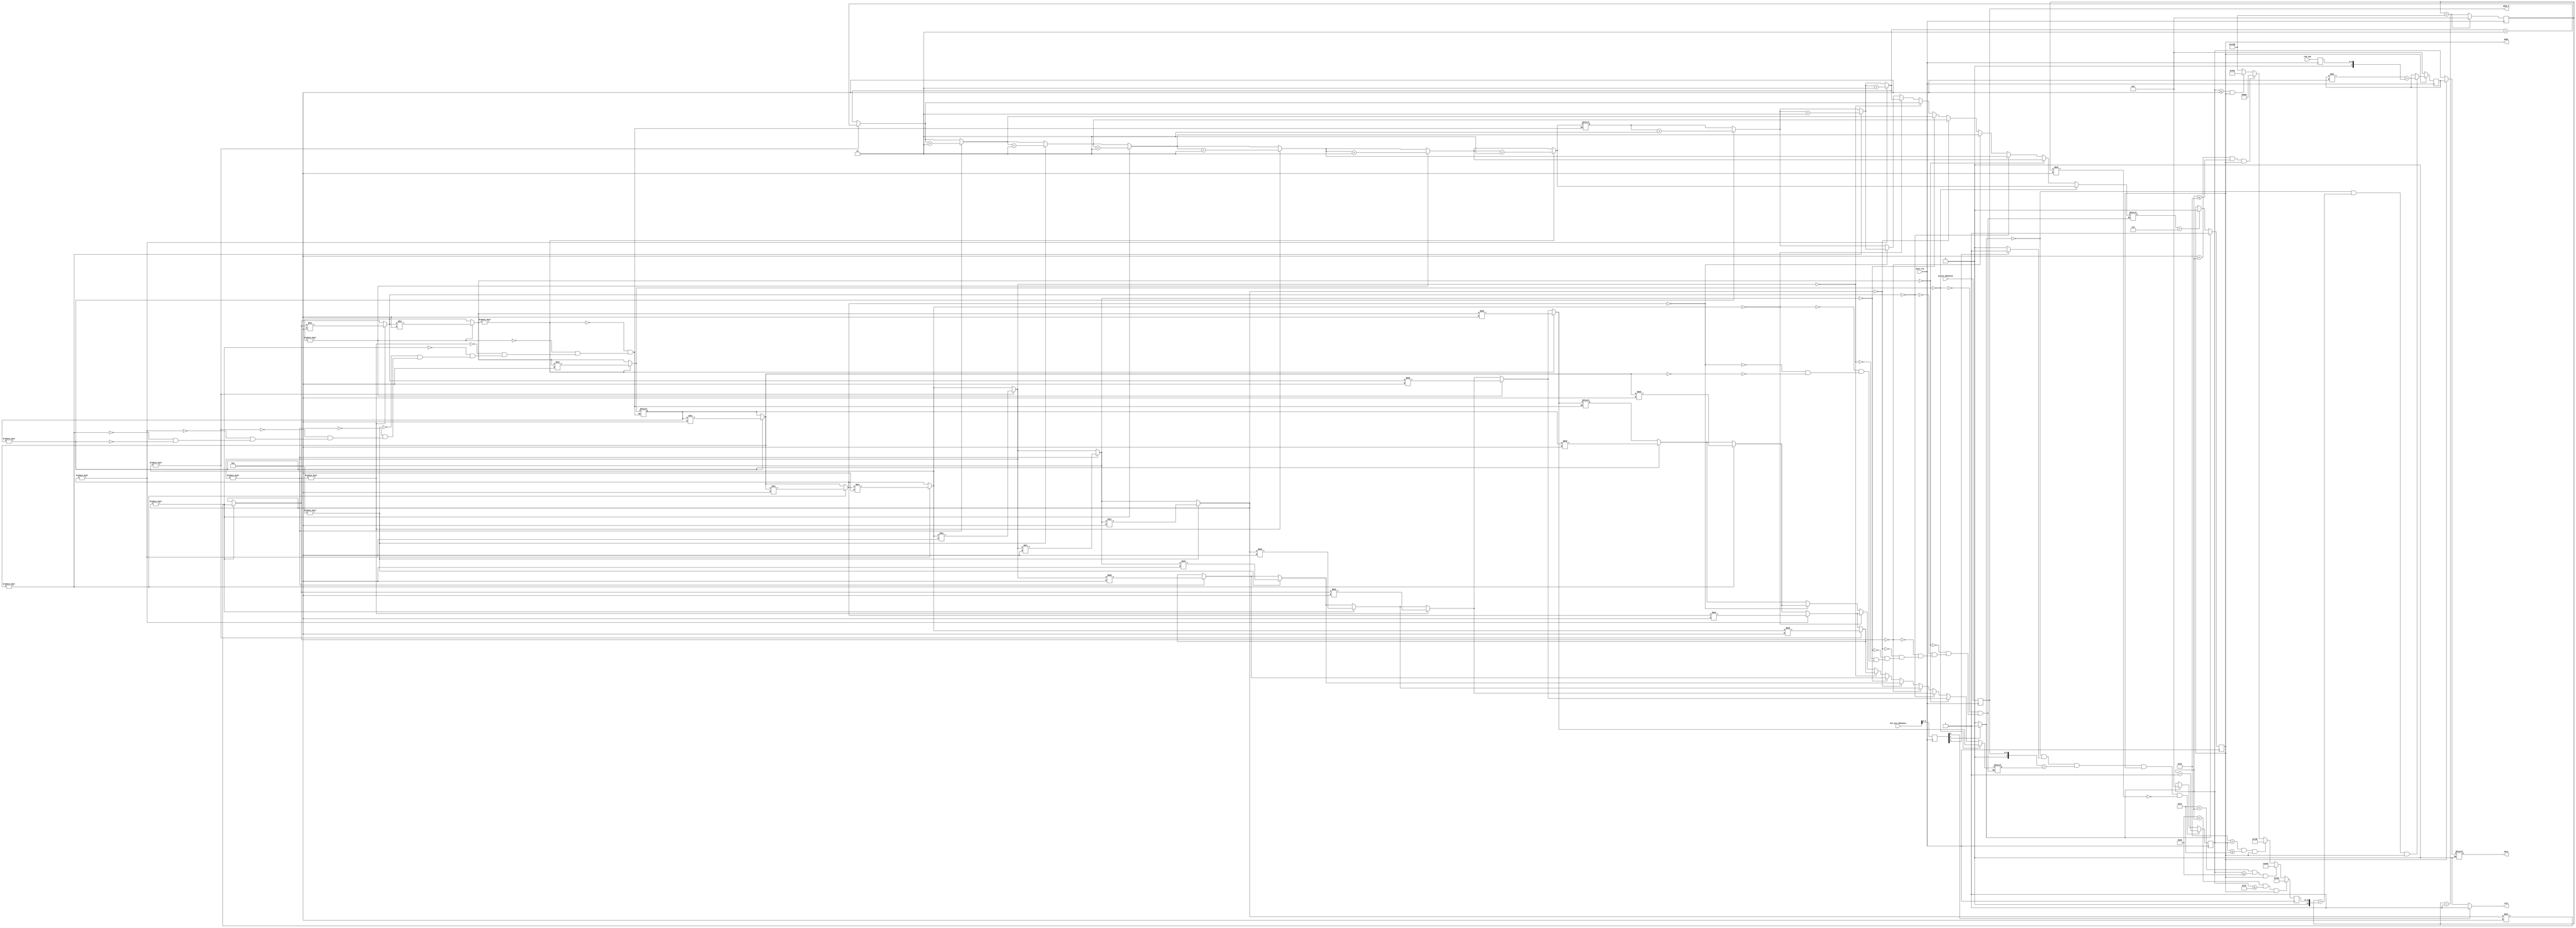
//4.Control.v

module Control(
input main_clk,//2000HZ
input [3:0]sw_pin_debounce,
input [4:0]btn_pin_debounce,
input [3:0]rnd_inp,
output [31:0] data,// game number and score
output [3:0] game_d, //the game number on the left
output test,//test display
output game//game mode
);

integer score=32'd0;
reg game_reg=1;//gamemode
integer freq=32'd0;//internal clock
integer rnd=32'd0;

always@(posedge main_clk)
begin//speed based on score
freq<=32'd5000;
if(score<=32'd10&&game_reg==1) 
begin
freq<=32'd4000;
end
if(32'd10<score&&score<=32'd25&&game_reg==1)
begin
freq<=32'd3000;
end
if(32'd25<score&&score<=32'd35&&game_reg==1)
begin
freq<=32'd2000;
end
if(32'd35<score&&score<=32'd45&&game_reg==1)
begin
freq<=32'd1600;
end
if(32'd45<score&&score<=32'd50&&game_reg==1)
begin
freq<=32'd1000;
end
end

integer play_d=32'd0;//the game number on the left
reg [4:0]btn_pin_reg=0;

always@(posedge main_clk)
begin
play_d<=sw_pin_debounce;//left digit
btn_pin_reg<=btn_pin_debounce;
rnd<=rnd_inp;
end

integer data_reg=32'd0;//internal data
integer data_dis_reg=32'd0;//data for display
integer num=32'd0;//data for digit calc
integer i=0;//highest number
integer n=0;//digit number
integer i_reg=0;//highest number for internal calc
integer n_reg=0;//digit number for internal calc
integer loopflag1=32'd0;
reg resetflag=0;
reg minusflag=0;
integer counter=32'd0;//main sequence counter

always@(main_clk)//calc for digit number and highest number
begin
if(resetflag==1) 
begin
n<=0;
n_reg<=0;
end
num<=data_reg;
i_reg<=0;
n_reg<=0;
for(loopflag1=0;loopflag1<10;loopflag1=loopflag1+1)
begin
if(num!=32'd0)
begin
i_reg=num%32'd10;
num=num/32'd10;
n_reg=n_reg+1;
end
if(num==32'd0)
begin
n=n_reg;
i=i_reg;
end
end
end


integer multiple=32'd1;
integer multiplei=32'd1;

always@(posedge main_clk)//lookup table for digit
begin
case(n)
32'd1: multiple<=32'd1;
32'd2: multiple<=32'd10;
32'd3: multiple<=32'd100;
32'd4: multiple<=32'd1000;
32'd5: multiple<=32'd10000;
32'd6: multiple<=32'd100000;
32'd7: multiple<=32'd1000000;
32'd8: multiple<=32'd10000000;
default:multiple<=32'd1;
endcase
if(game_reg==0) multiple<=32'd1;
multiplei=multiple*i;
end


always@(posedge main_clk)//main sequence
begin
if(resetflag==1)//reset
begin
data_reg<=32'd0;
score<=32'd0;
counter<=32'd0;
end
if(resetflag==0&&minusflag==1&&play_d==i&&game_reg==1&&counter%10==32'd0)//hi-digit delete & wait for n and i to reflesh
begin
data_reg<=data_reg-multiplei;
score<=score+32'd1;
end
if(resetflag==0&&counter==freq&&game_reg==1)//internal clock
begin
data_reg=data_reg*32'd10;
data_reg=data_reg+rnd;
counter<=32'd0;
end
if(game_reg==0) data_reg<=32'd0;//game over reset
counter<=counter+32'd1;//internal clock
if(counter>32'd5000) counter<=32'd0;
end


//game mode
always@(posedge main_clk)
begin
if(n>32'd6) game_reg<=0;
if(resetflag==1) game_reg<=1;
end

always@(main_clk)//ok-button
begin
if(btn_pin_reg[2]==1)
begin
minusflag<=1;
end
else
begin
minusflag<=0;
end
end

always@(main_clk)//reset
begin
if(btn_pin_reg[1]==1)
begin
resetflag<=1;
end
else
begin
resetflag<=0;
end
end


reg test_reg=0;//test display
always@(main_clk)
begin
if (btn_pin_reg[0]==1)
begin
test_reg<=1;
end
else
begin
test_reg<=0;
end
end

always@(game_reg)//display score when game ends
begin
if(game_reg==1) data_dis_reg<=data_reg;
if(game_reg==0) data_dis_reg<=score;
end

assign game=game_reg;
assign data=data_dis_reg;
assign test=test_reg;
assign game_d=play_d;
endmodule